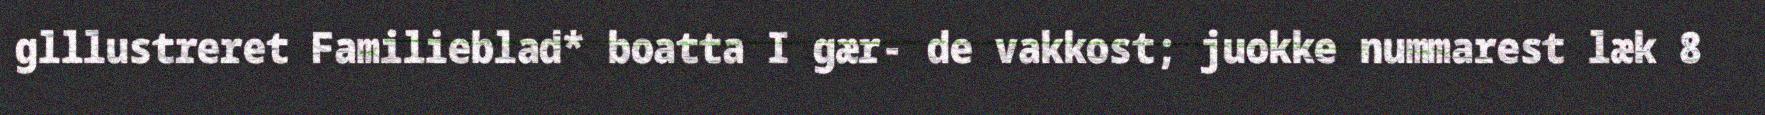
glllustreret Familieblad* boatta I gær- de vakkost; juokke nummarest læk 8